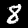
Digit: 8